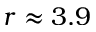
r \approx 3 . 9